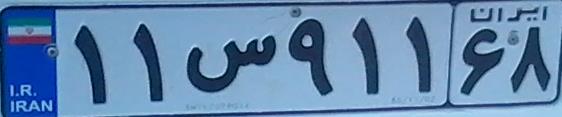
۱۱س۹۱۱۶۸